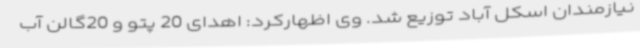
نیازمندان اسکل آباد توزیع شد. وی اظهارکرد: اهدای 20 پتو و 20گالن آب